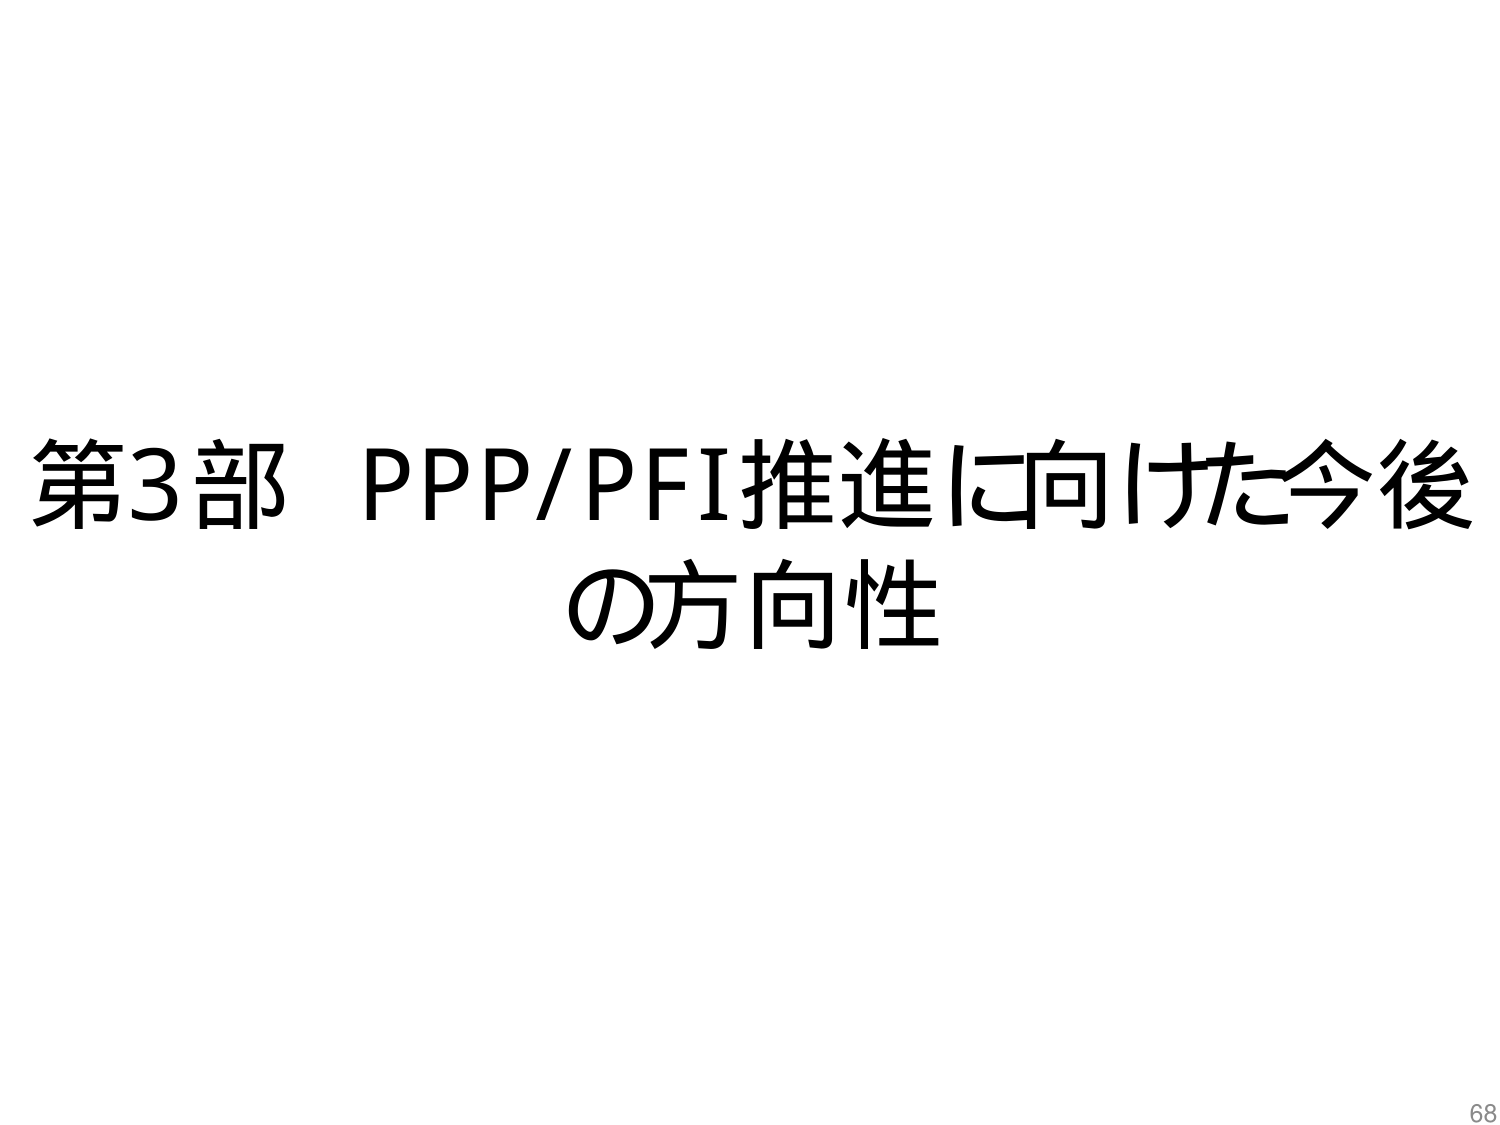
第3部 PPP/PFI推進に向けた今後
の方向性
68